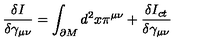
\frac { \delta I } { \delta \gamma _ { \mu \nu } } = \int _ { \partial M } d ^ { 2 } x \pi ^ { \mu \nu } + \frac { \delta I _ { c t } } { \delta \gamma _ { \mu \nu } }